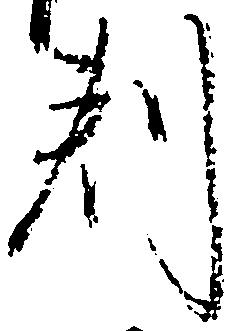
判